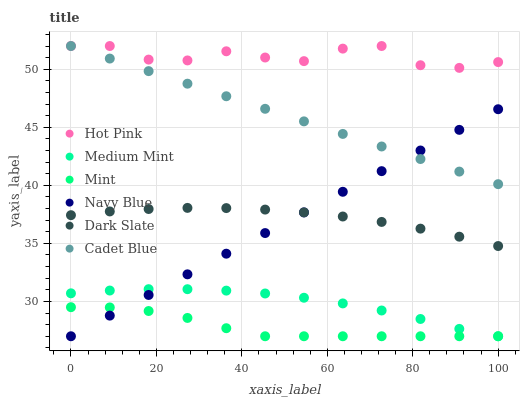
| xaxis_label | Hot Pink | Medium Mint | Mint | Navy Blue | Dark Slate | Cadet Blue |
 | --- | --- | --- | --- | --- | --- | --- |
 | 0 | 52 | 30.7 | 29.5 | 27 | 37.4 | 52 |
 | 9.09 | 52 | 30.9 | 29.5 | 28.8 | 37.8 | 50.9 |
 | 18.2 | 50.8 | 31.1 | 29.2 | 30.6 | 38 | 49.8 |
 | 27.3 | 50.8 | 31.1 | 28.6 | 32.3 | 38.1 | 48.8 |
 | 36.4 | 51.5 | 30.9 | 27.7 | 34.1 | 38 | 47.7 |
 | 45.5 | 51 | 30.7 | 27 | 35.9 | 37.9 | 46.6 |
 | 54.5 | 50.7 | 30.3 | 27 | 37.7 | 37.7 | 45.5 |
 | 63.6 | 51.8 | 29.8 | 27 | 39.4 | 37.3 | 44.4 |
 | 72.7 | 52 | 29.2 | 27 | 41.2 | 36.8 | 43.3 |
 | 81.8 | 50.3 | 28.5 | 27 | 43 | 36.3 | 42.3 |
 | 90.9 | 50.1 | 27.6 | 27 | 44.8 | 35.6 | 41.2 |
 | 100 | 50.6 | 27 | 27 | 46.6 | 34.8 | 40.1 |